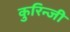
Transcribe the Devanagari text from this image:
कुरिन्‍जी